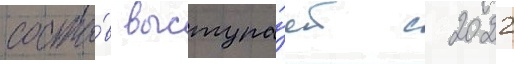
соста́в выступа́ет с 2022